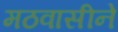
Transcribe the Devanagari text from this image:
मठवासीने